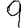
Digit: 9